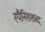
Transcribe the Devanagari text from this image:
स्पैनिशशब्द